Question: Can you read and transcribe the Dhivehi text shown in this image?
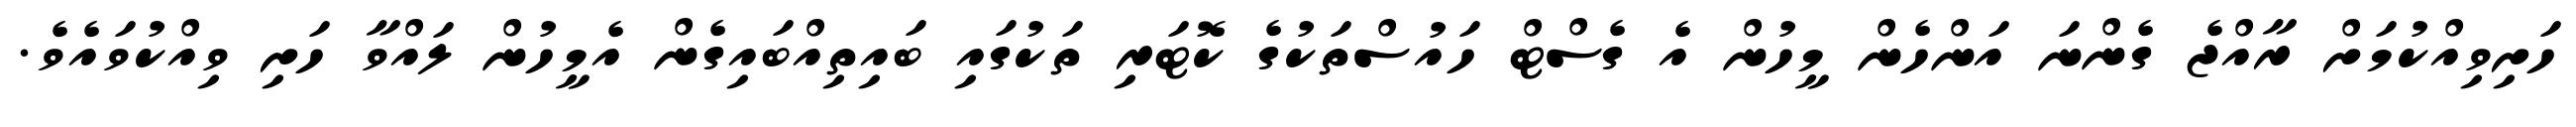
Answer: ހަށިވިއްކުމަށް ރާއްޖެ ގެންނަ އަންހެން މީހުން އެ ގެސްޓް ހައުސްތަކުގެ ކޮޓަރި ތަކުގައި ބައިތިއްބައިގެން އެމީހުން ލައްވާ ހަށި ވިއްކުވައެވެ.